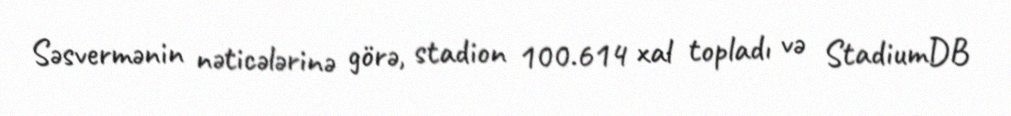
Səsvermənin nəticələrinə görə, stadion 100.614 xal topladı və StadiumDB